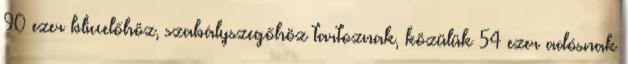
90 ezer bliccelőhöz, szabályszegőhöz tartoznak, közülük 54 ezer adósnak